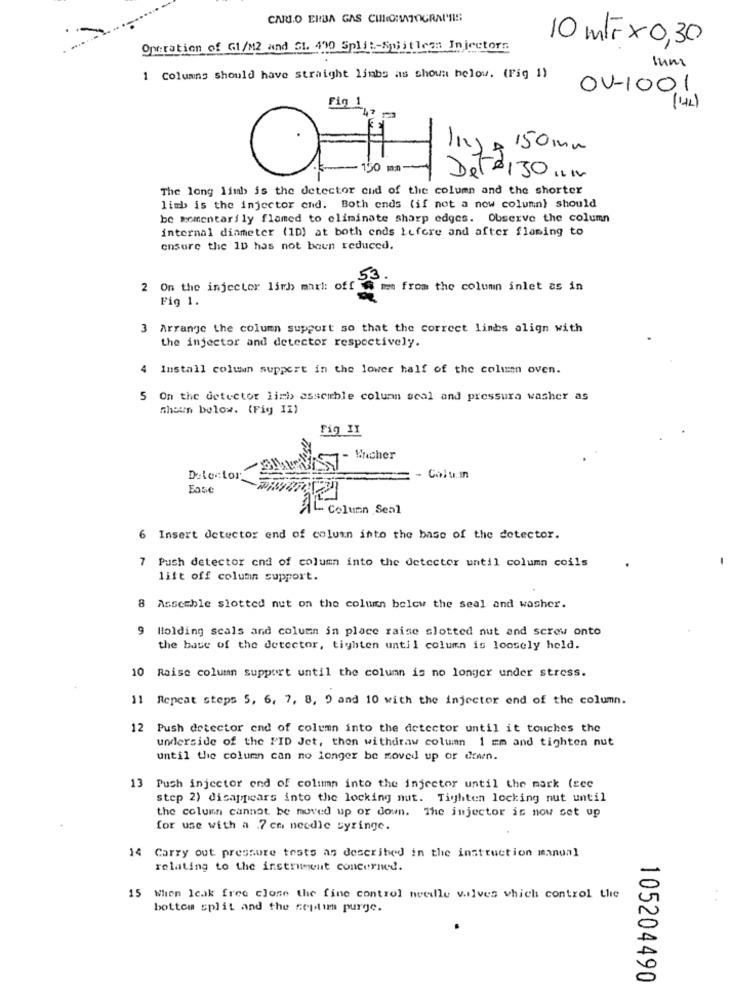
CARLO EIBA GAS CILIOVATOGRAPES
Operation of G1/M2 and G1. 430 Split-Spijtlegs Injectors
10 M/rx 0,30
sum
1 Columns should have straight limbs as shown below. (Fig 1)
OV-1001
(42)
1Kg a 150mm
- 150 m
Deter30 ....
The long limb is the detector cud of the column and the shorter
limb is the injector end. Both ends (if not a new column) should
be momentarily flamed to eliminate sharp edges. Observe the column
internal dinmeter (10) at both ends before and after flaming to
ensure the 1D has not baun reduced.
53
2 On the injector larh marl: off
ten from the column inlet as in
Fig 1.
3 Arrange the column support so that the correct limbs align with
the injector and detector respectively.
4 Install column support in the lower half of the column oven.
5 On the detector limi> assemble column seal and pressure washer as
shown below. (Fig II)
Fig II
Encher
Detector
Column
Fase
Column Seal
6 Insert detector end of column into the base of the detector.
7 Push detector cnd of column into the detecter until column coils
lift off column support.
Assemble slotted nut on the column below the seal and washer.
9
Holding scals and column in place raise slotted nut and screw onto
the base of the detector, tighten until column is loosely held.
10 Raise column support until the column is no longer under stress.
11 Repeat steps 5, 6, 7, 8, 9 and 10 with the injector end of the column.
12 Push detector end of column into the detector until it touches the
underside of the FID Jet, then withdraw column 1 mm and tighten nut
until the column can no longer be moved up or down.
13 Push injector end of column into the injector until the mark (see
step 2) disappears into the locking nut. Tighten locking nut until
the column cannot be moved up or down. The injector is now set up
for use with a .7 cm needle syringe.
14 Carry out pressure tests as described in the instruction manual
relating to the instrument concerned.
15
When Icak free close the fine control needle valves which control the
bottom split and the septim purge.
105204490